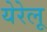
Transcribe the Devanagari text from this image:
येरेलू